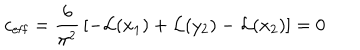
c _ { \mathrm { e f f } } = { \frac { 6 } { \pi ^ { 2 } } } \left[ - { \cal L } ( x _ { 1 } ) + { \cal L } ( y _ { 2 } ) - { \cal L } ( x _ { 2 } ) \right] = 0